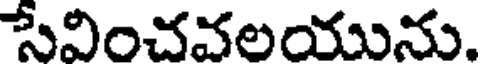
సేవించవలయును.